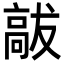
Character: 𮪹